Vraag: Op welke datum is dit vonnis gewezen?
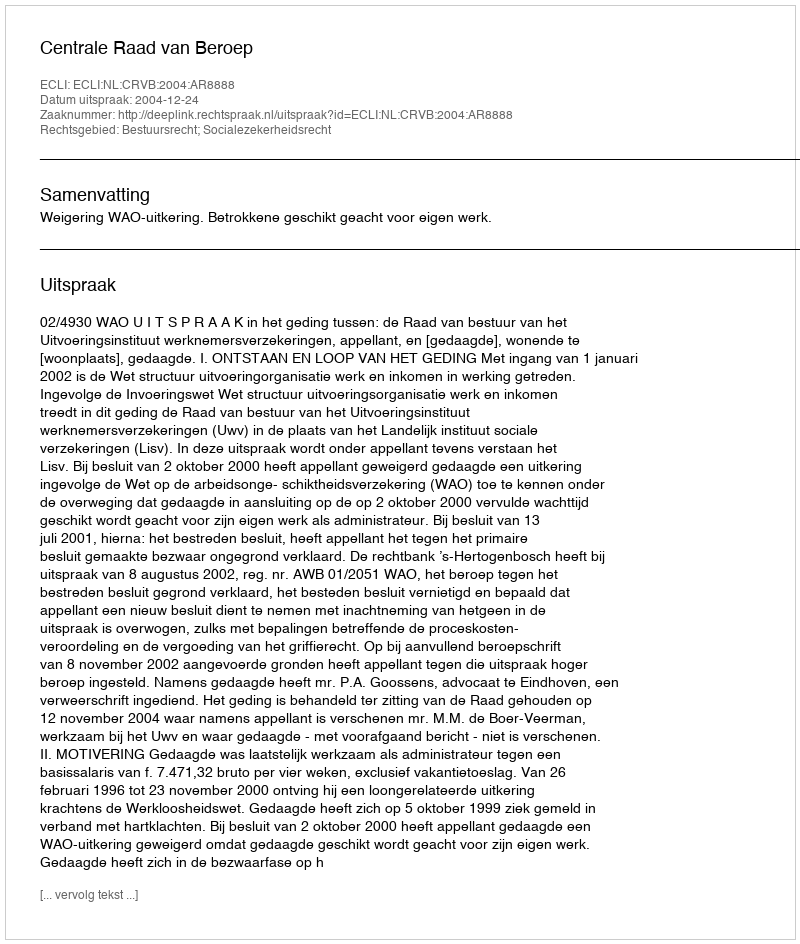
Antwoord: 2004-12-24